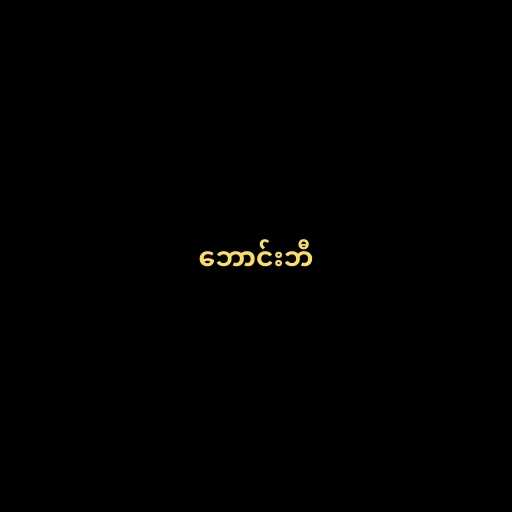
ဘောင်းဘီ